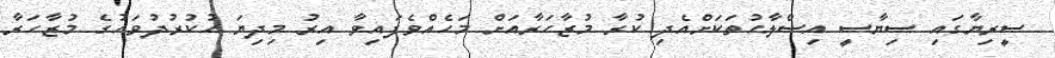
ސީރިޔާގައި ސިޔާސީ އިސްލާޙުތަކަށްއެދި ކުރާ މުޒާހަރާއަށް މަހެއްވެފައިވާ އިރު މިދިޔަ ހުކުރުދުވަހުގެ މުޒާހަރާ